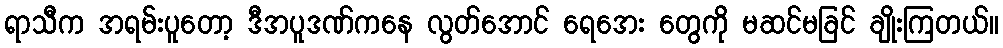
ရာသီက အရမ်းပူတော့ ဒီအပူဒဏ်ကနေ လွတ်အောင် ရေအေး တွေကို မဆင်မခြင် ချိုးကြတယ်။